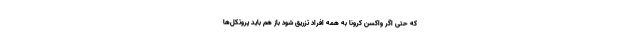
که حتی اگر واکسن کرونا به همه افراد تزریق شود باز هم باید پروتکل‌ها